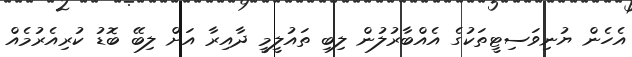
އެހެން ޔުނިވަސިޓީތަކުގެ އެއްބާރުލުން ލިބި ތައުލީމީ ދާއިރާ އަށް ލިބޭ ބޮޑު ކުރިއެރުމެއް